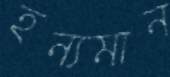
হন্যমান